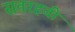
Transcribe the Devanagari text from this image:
सतरहवी